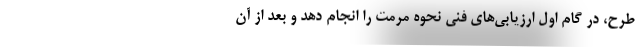
طرح، در گام اول ارزیابی‌های فنی نحوه مرمت را انجام دهد و بعد از آن